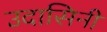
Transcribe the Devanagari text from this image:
उदासिनी